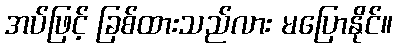
အပ်ဖြင့် ခြစ်ထားသည်လား မပြောနိုင်။